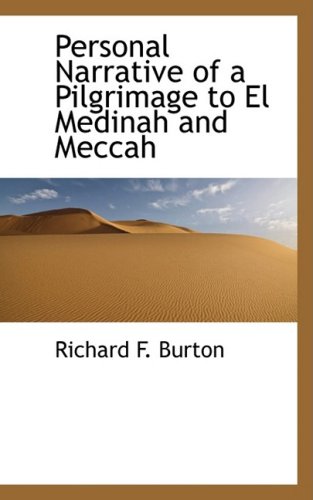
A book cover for Personal Narrative of a Pilgrimage to El Medinah and Meccah; Richard F. Burton; Religion & Spirituality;